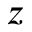
z